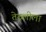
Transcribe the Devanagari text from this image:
तेठलीला